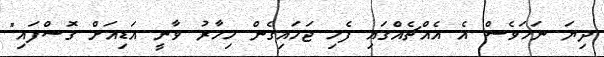
ދިޔަ ނަމަވެސް އެ އެއްޗެއްގައި ފެހި ޖަހައިގެން މިހާރު ވާނީ އަޑިއަށް ގޮސްފައި"